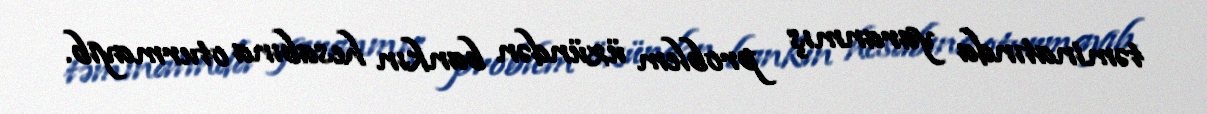
təminatında yaranmış problem üzündən bankın hesabına oturmayıb.